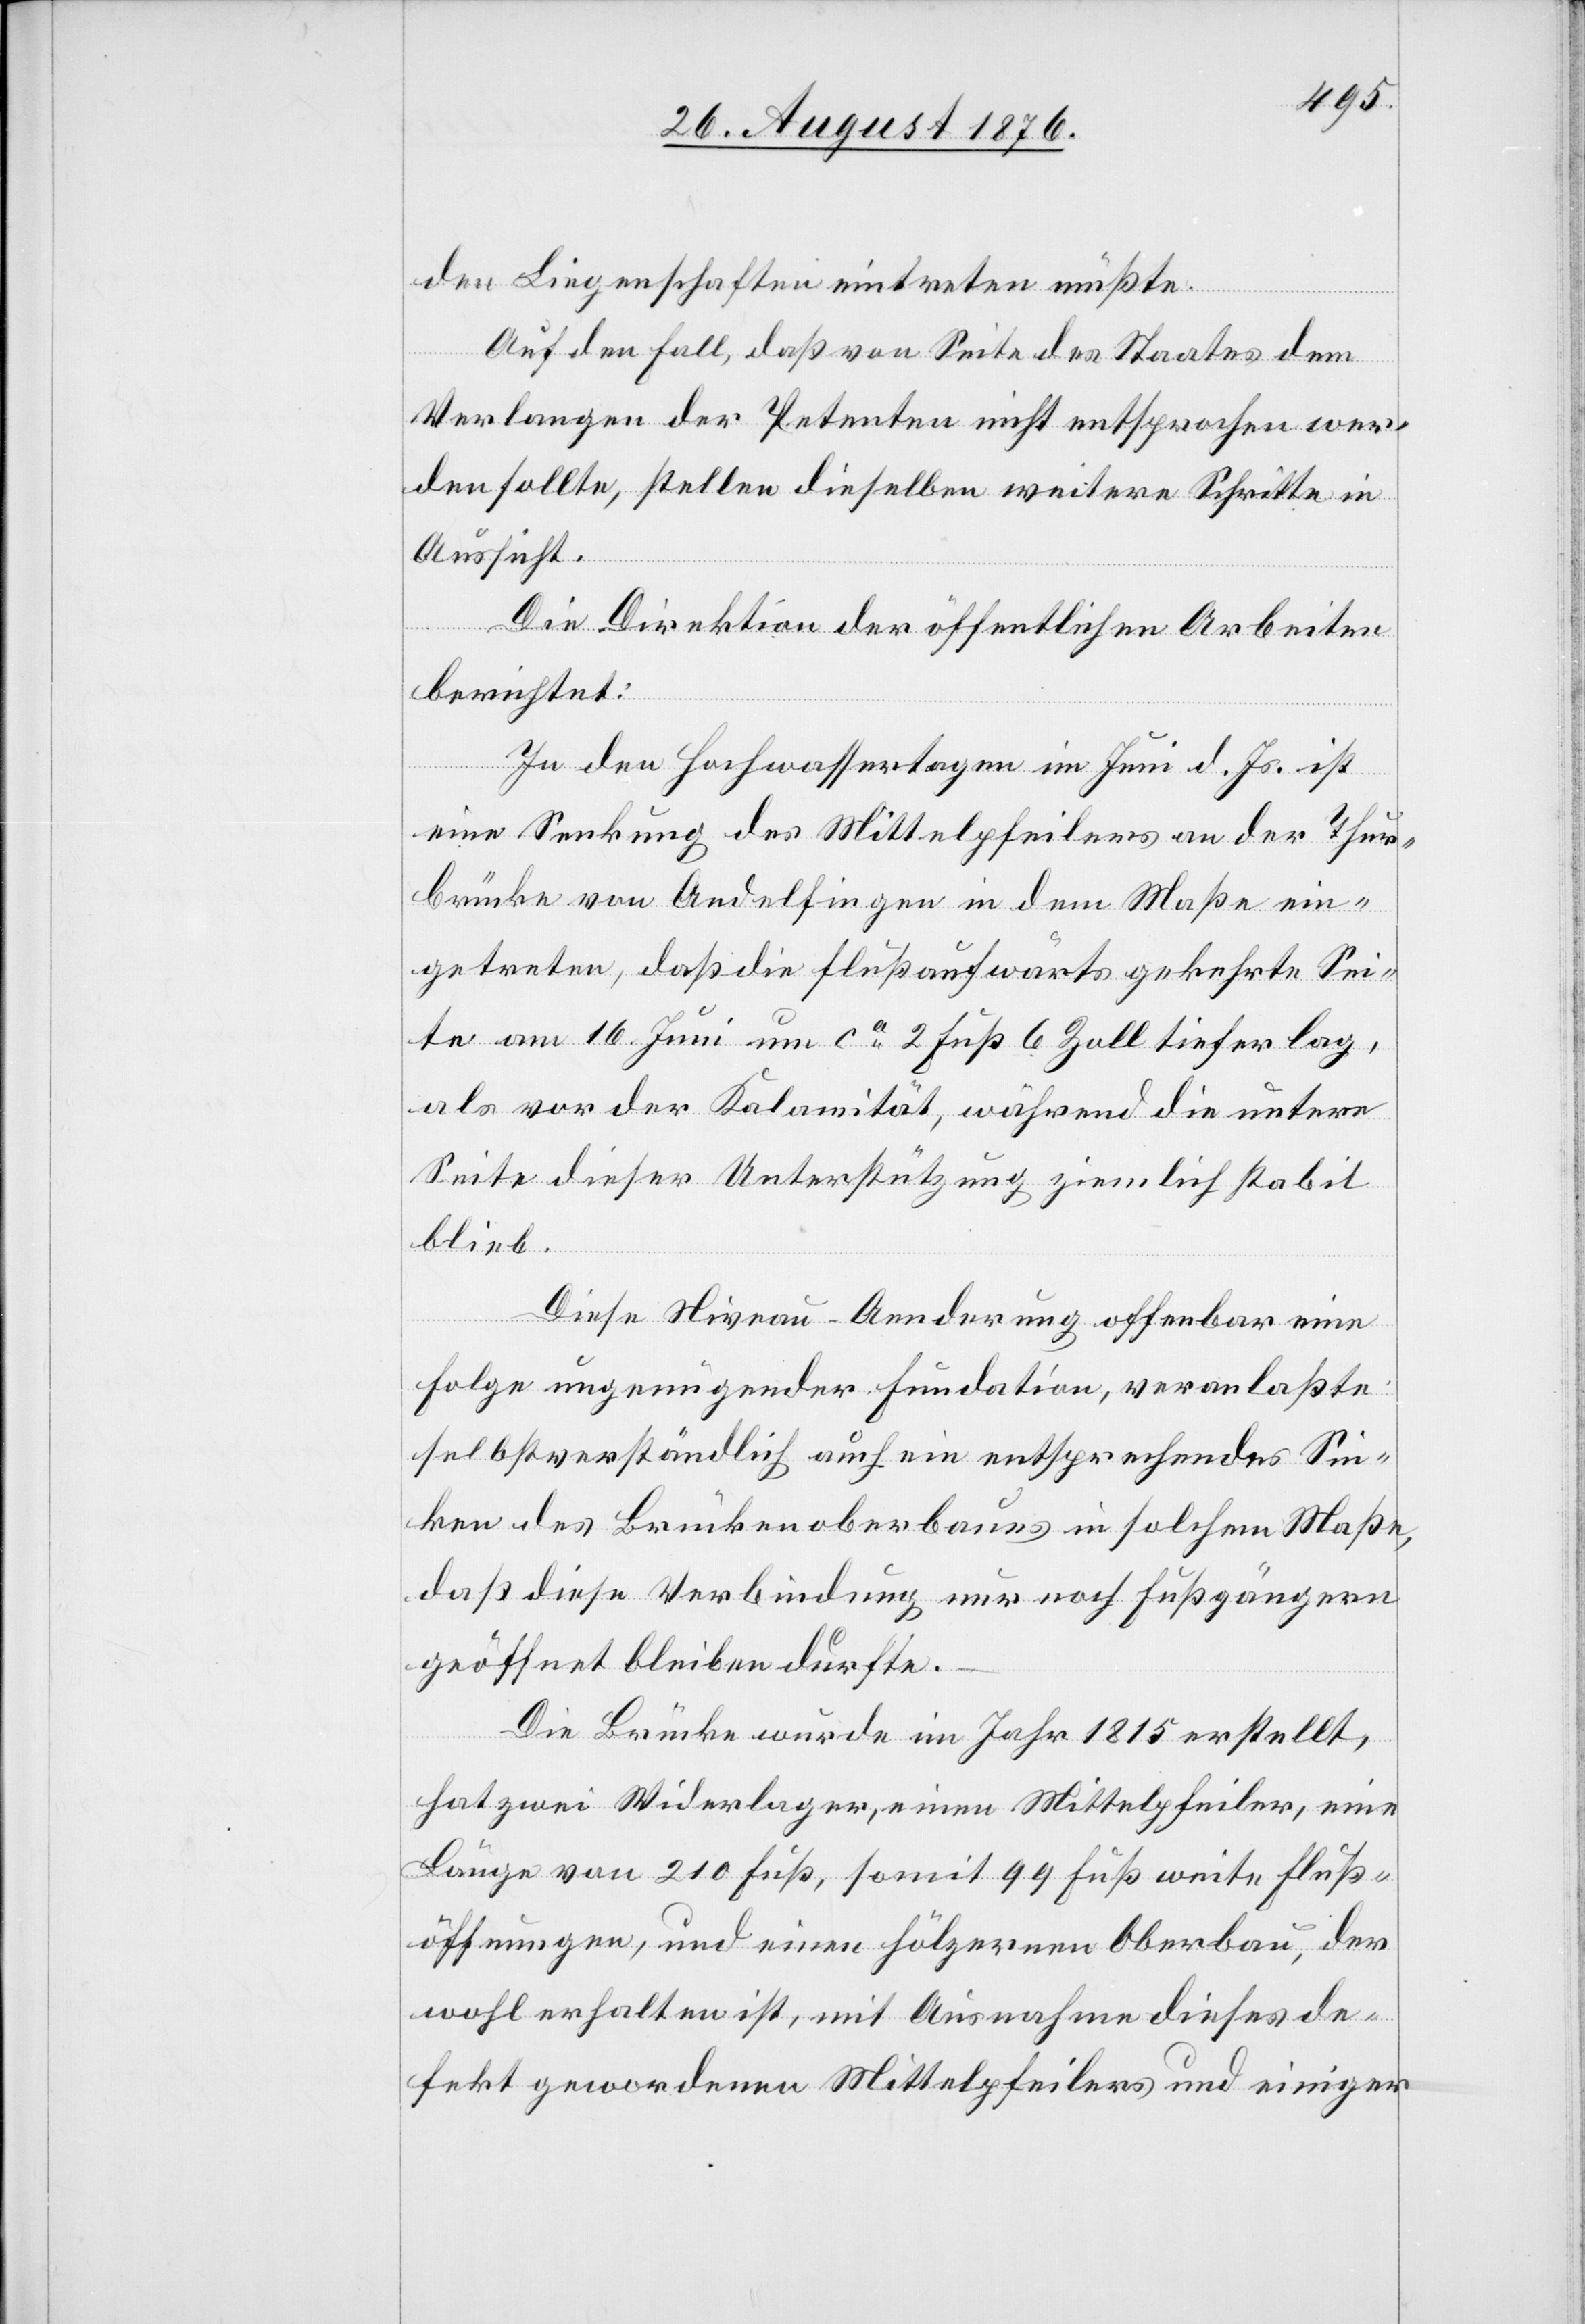
den Liegenschaften eintreten müßte.
Auf den Fall, daß von Seite des Staates dem
Verlangen der Petenten nicht entsprochen wer¬
den sollte, stellen dieselben weitere Schritte in
Aussicht.
Die Direktion der öffentlichen Arbeiten
berichtet:
In den Hochwassertagen im Juni d. Js. ist
eine Senkung des Mittelpfeilers an der Thur¬
brücke von Andelfingen in dem Maße ein¬
getreten, daß die Flußaufwärts gekehrte Sei¬
te am 16. Juni um ca 2 Fuß 6 Zoll tiefer lag,
als vor der Kalamität, während die untere
Seite dieser Unterstützung ziemlich stabil
blieb.
Diese Niveau-Aenderung offenbar eine
Folge ungenügender Fundation, veranlaßte
selbstverständlich auch ein entsprechendes Sin¬
ken des Brückenoberbaues in solchem Maße,
daß diese Verbindung nur noch Fußgängern
geöffnet bleiben durfte.
Die Brücke wurde im Jahr 1815 erstellt,
hat zwei Widerlager, einen Mittelpfeiler, eine
Länge von 210 Fuß, somit 99 Fuß weite Fluß¬
öffnungen, und einen hölzernen Oberbau, der
wohl erhalten ist, mit Ausnahme dieses de¬
fekt gewordenen Mittelpfeilers und einiger